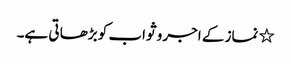
٭ نماز کے اجر و ثواب کو بڑھا تی ہے۔